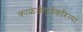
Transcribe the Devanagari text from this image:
काळजीपूर्वकरित्या